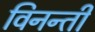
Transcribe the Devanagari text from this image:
विनन्ती